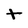
Character: t